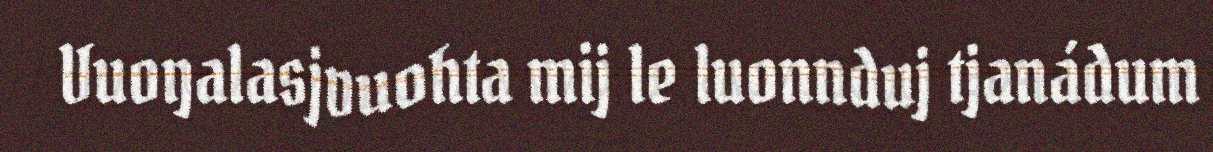
Vuoŋalasjvuohta mij le luonnduj tjanádum